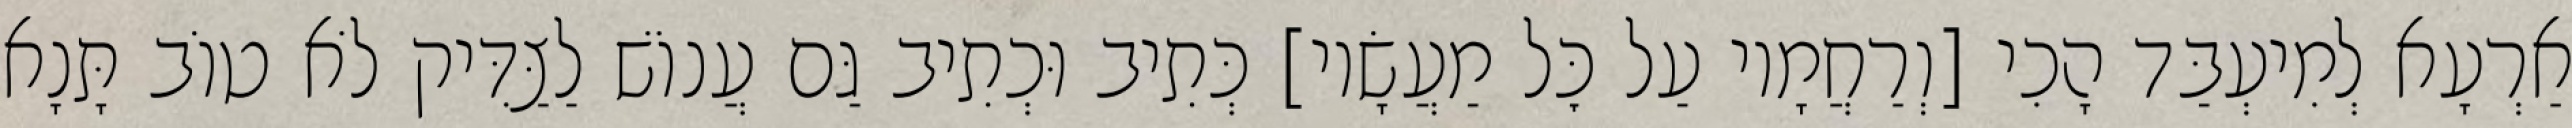
אַרְעָא לְמִיעְבַּד הָכִי [וְרַחֲמָיו עַל כׇּל מַעֲשָׂיו] כְּתִיב וּכְתִיב גַּם עֲנוֹשׁ לַצַּדִּיק לֹא טוֹב תָּנָא